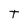
Character: T